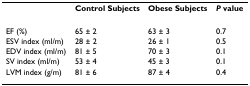
<table><thead><tr><td></td><td><b>Control Subjects</b></td><td><b>Obese Subjects</b></td><td><b><i>P </i>value</b></td></tr></thead><tbody><tr><td>EF (%)</td><td>65 ± 2</td><td>63 ± 3</td><td>0.7</td></tr><tr><td>ESV index (ml/m)</td><td>28 ± 2</td><td>26 ± 1</td><td>0.5</td></tr><tr><td>EDV index (ml/m)</td><td>81 ± 5</td><td>70 ± 3</td><td>0.1</td></tr><tr><td>SV index (ml/m)</td><td>53 ± 4</td><td>45 ± 3</td><td>0.1</td></tr><tr><td>LVM index (g/m)</td><td>81 ± 6</td><td>87 ± 4</td><td>0.4</td></tr></tbody></table>